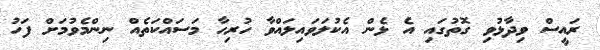
ރައީސް ވިދާޅުވި ގޮތުގައި އެ ޅެން އެކުލަވައިލައްވާ ހުރިހާ މަސައްކަތެއް ނިންމެވުމަށް ފަހު